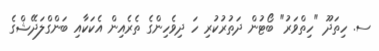
ސ. ހިތަދޫ "ހިތްވަރު" ބޯޓުން ދަތުރުކުރި ހަ ދިވެހިންގެ ތެރެއިން އެކަކާއި ބަންގްލަދޭޝްގެ